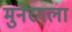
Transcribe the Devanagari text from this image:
मुनेरगला